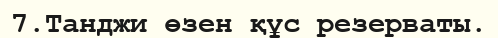
7.Танджи өзен құс резерваты.